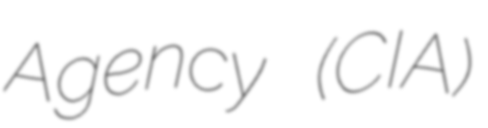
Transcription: Agency (CIA)